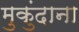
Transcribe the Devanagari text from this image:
मुकुंदाना